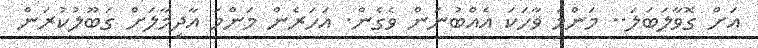
އަށް ގޮވާލަބަލަ.. މަންމަ ވާހަކަ އެއްބުނަން ވެގެން. އަހަރެން މަންމަ އާދިމާލަށް ގަބޫލުކުރަން